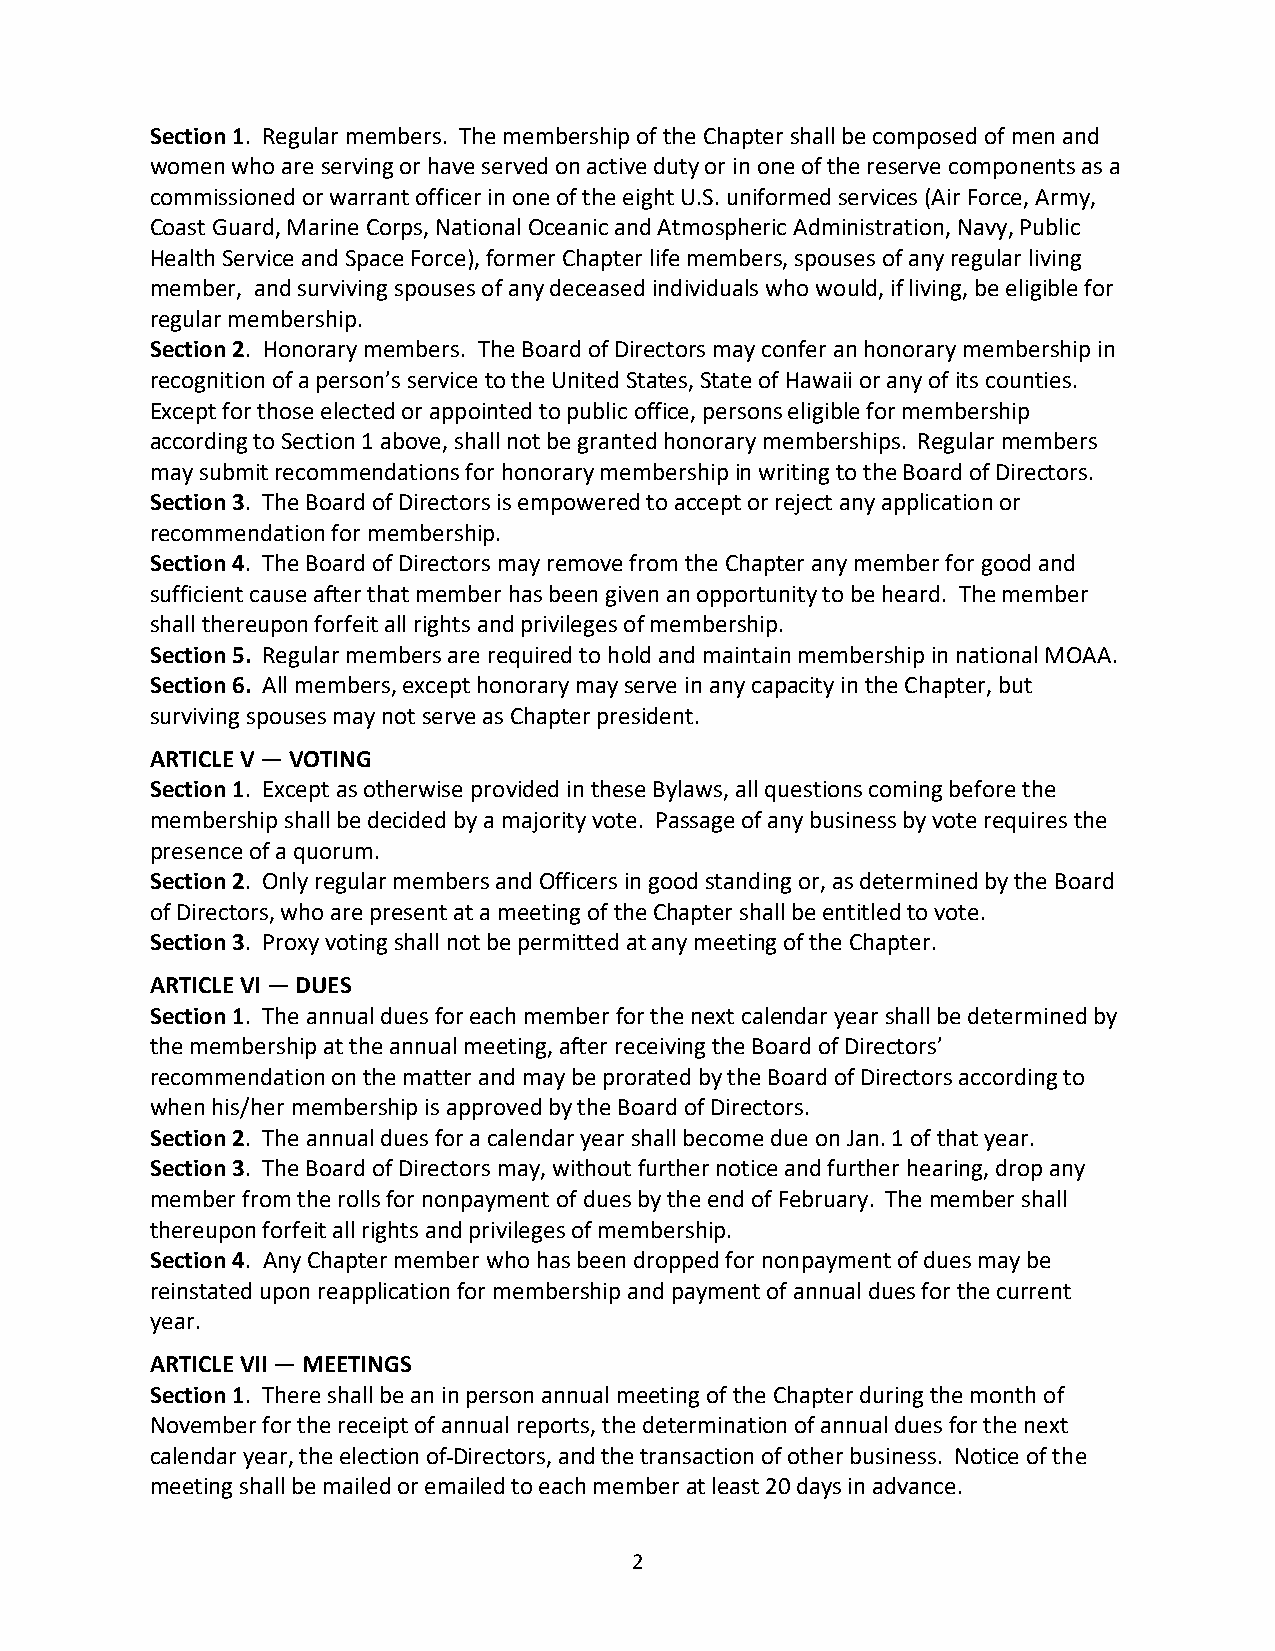
Section 1. Regular members. The membership of the Chapter shall be composed of men and
 women who are serving or have served on active duty or in one of the reserve components as a
 commissioned or warrant officer in one of the eight U.S. uniformed services (Air Force, Army,
 Coast Guard, Marine Corps, National Oceanic and Atmospheric Administration, Navy, Public
 Health Service and Space Force), former Chapter life members, spouses of any regular living
 member, and surviving spouses of any deceased individuals who would, if living, be eligible for
 regular membership.
 Section 2. Honorary members. The Board of Directors may confer an honorary membership in
 recognition of a person’s service to the United States, State of Hawaii or any of its counties.
 Except for those elected or appointed to public office, persons eligible for membership
 according to Section 1 above, shall not be granted honorary memberships. Regular members
 may submit recommendations for honorary membership in writing to the Board of Directors.
 Section 3. The Board of Directors is empowered to accept or reject any application or
 recommendation for membership.
 Section 4. The Board of Directors may remove from the Chapter any member for good and
 sufficient cause after that member has been given an opportunity to be heard. The member
 shall thereupon forfeit all rights and privileges of membership.
 Section 5. Regular members are required to hold and maintain membership in national MOAA.
 Section 6. All members, except honorary may serve in any capacity in the Chapter, but
 surviving spouses may not serve as Chapter president.
 ARTICLE V — VOTING
 Section 1. Except as otherwise provided in these Bylaws, all questions coming before the
 membership shall be decided by a majority vote. Passage of any business by vote requires the
 presence of a quorum.
 Section 2. Only regular members and Officers in good standing or, as determined by the Board
 of Directors, who are present at a meeting of the Chapter shall be entitled to vote.
 Section 3. Proxy voting shall not be permitted at any meeting of the Chapter.
 ARTICLE VI — DUES
 Section 1. The annual dues for each member for the next calendar year shall be determined by
 the membership at the annual meeting, after receiving the Board of Directors’
 recommendation on the matter and may be prorated by the Board of Directors according to
 when his/her membership is approved by the Board of Directors.
 Section 2. The annual dues for a calendar year shall become due on Jan. 1 of that year.
 Section 3. The Board of Directors may, without further notice and further hearing, drop any
 member from the rolls for nonpayment of dues by the end of February. The member shall
 thereupon forfeit all rights and privileges of membership.
 Section 4. Any Chapter member who has been dropped for nonpayment of dues may be
 reinstated upon reapplication for membership and payment of annual dues for the current
 year.
 ARTICLE VII — MEETINGS
 Section 1. There shall be an in person annual meeting of the Chapter during the month of
 November for the receipt of annual reports, the determination of annual dues for the next
 calendar year, the election of Directors, and the transaction of other business. Notice of the
 meeting shall be mailed or emailed to each member at least 20 days in advance.
 2